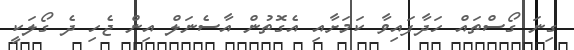
ގިނަ ގޯސްތައް ހަދާފައިވާ ކަމަށާއި އެގޮތުން އާސެނަލް އިން ޖެހި ދެ ގޯލަކީ